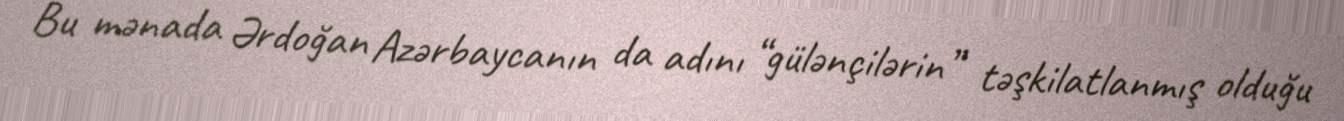
Bu mənada Ərdoğan Azərbaycanın da adını “gülənçilərin” təşkilatlanmış olduğu